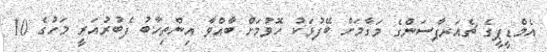
އެމްޑީޕީގެ ޗެއަރޕާސަންގެ މަގާމަށް ބޭފުޅަކު ހޮވުމަށް ބާއްވާ އިންތިހާބު ފެބުރުއަރީ މަހުގެ 10